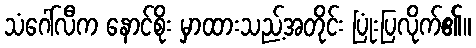
သံဂေါ်လီက နောင်စိုး မှာထားသည့်အတိုင်း ပြုံးပြလိုက်၏။